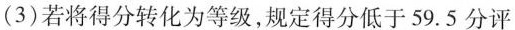
(3)若将得分转化为等级，规定得分低于59.5分评